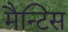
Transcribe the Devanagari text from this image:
मैन्टिस